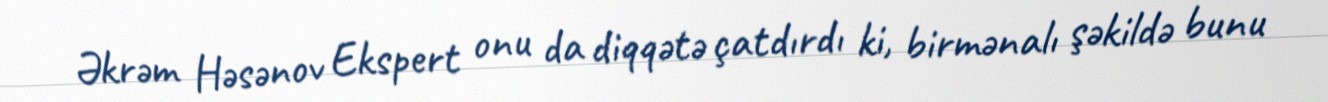
Əkrəm Həsənov Ekspert onu da diqqətə çatdırdı ki, birmənalı şəkildə bunu